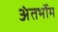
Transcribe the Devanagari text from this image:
अंतर्भोम